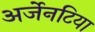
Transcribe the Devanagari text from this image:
अर्जेनटिया